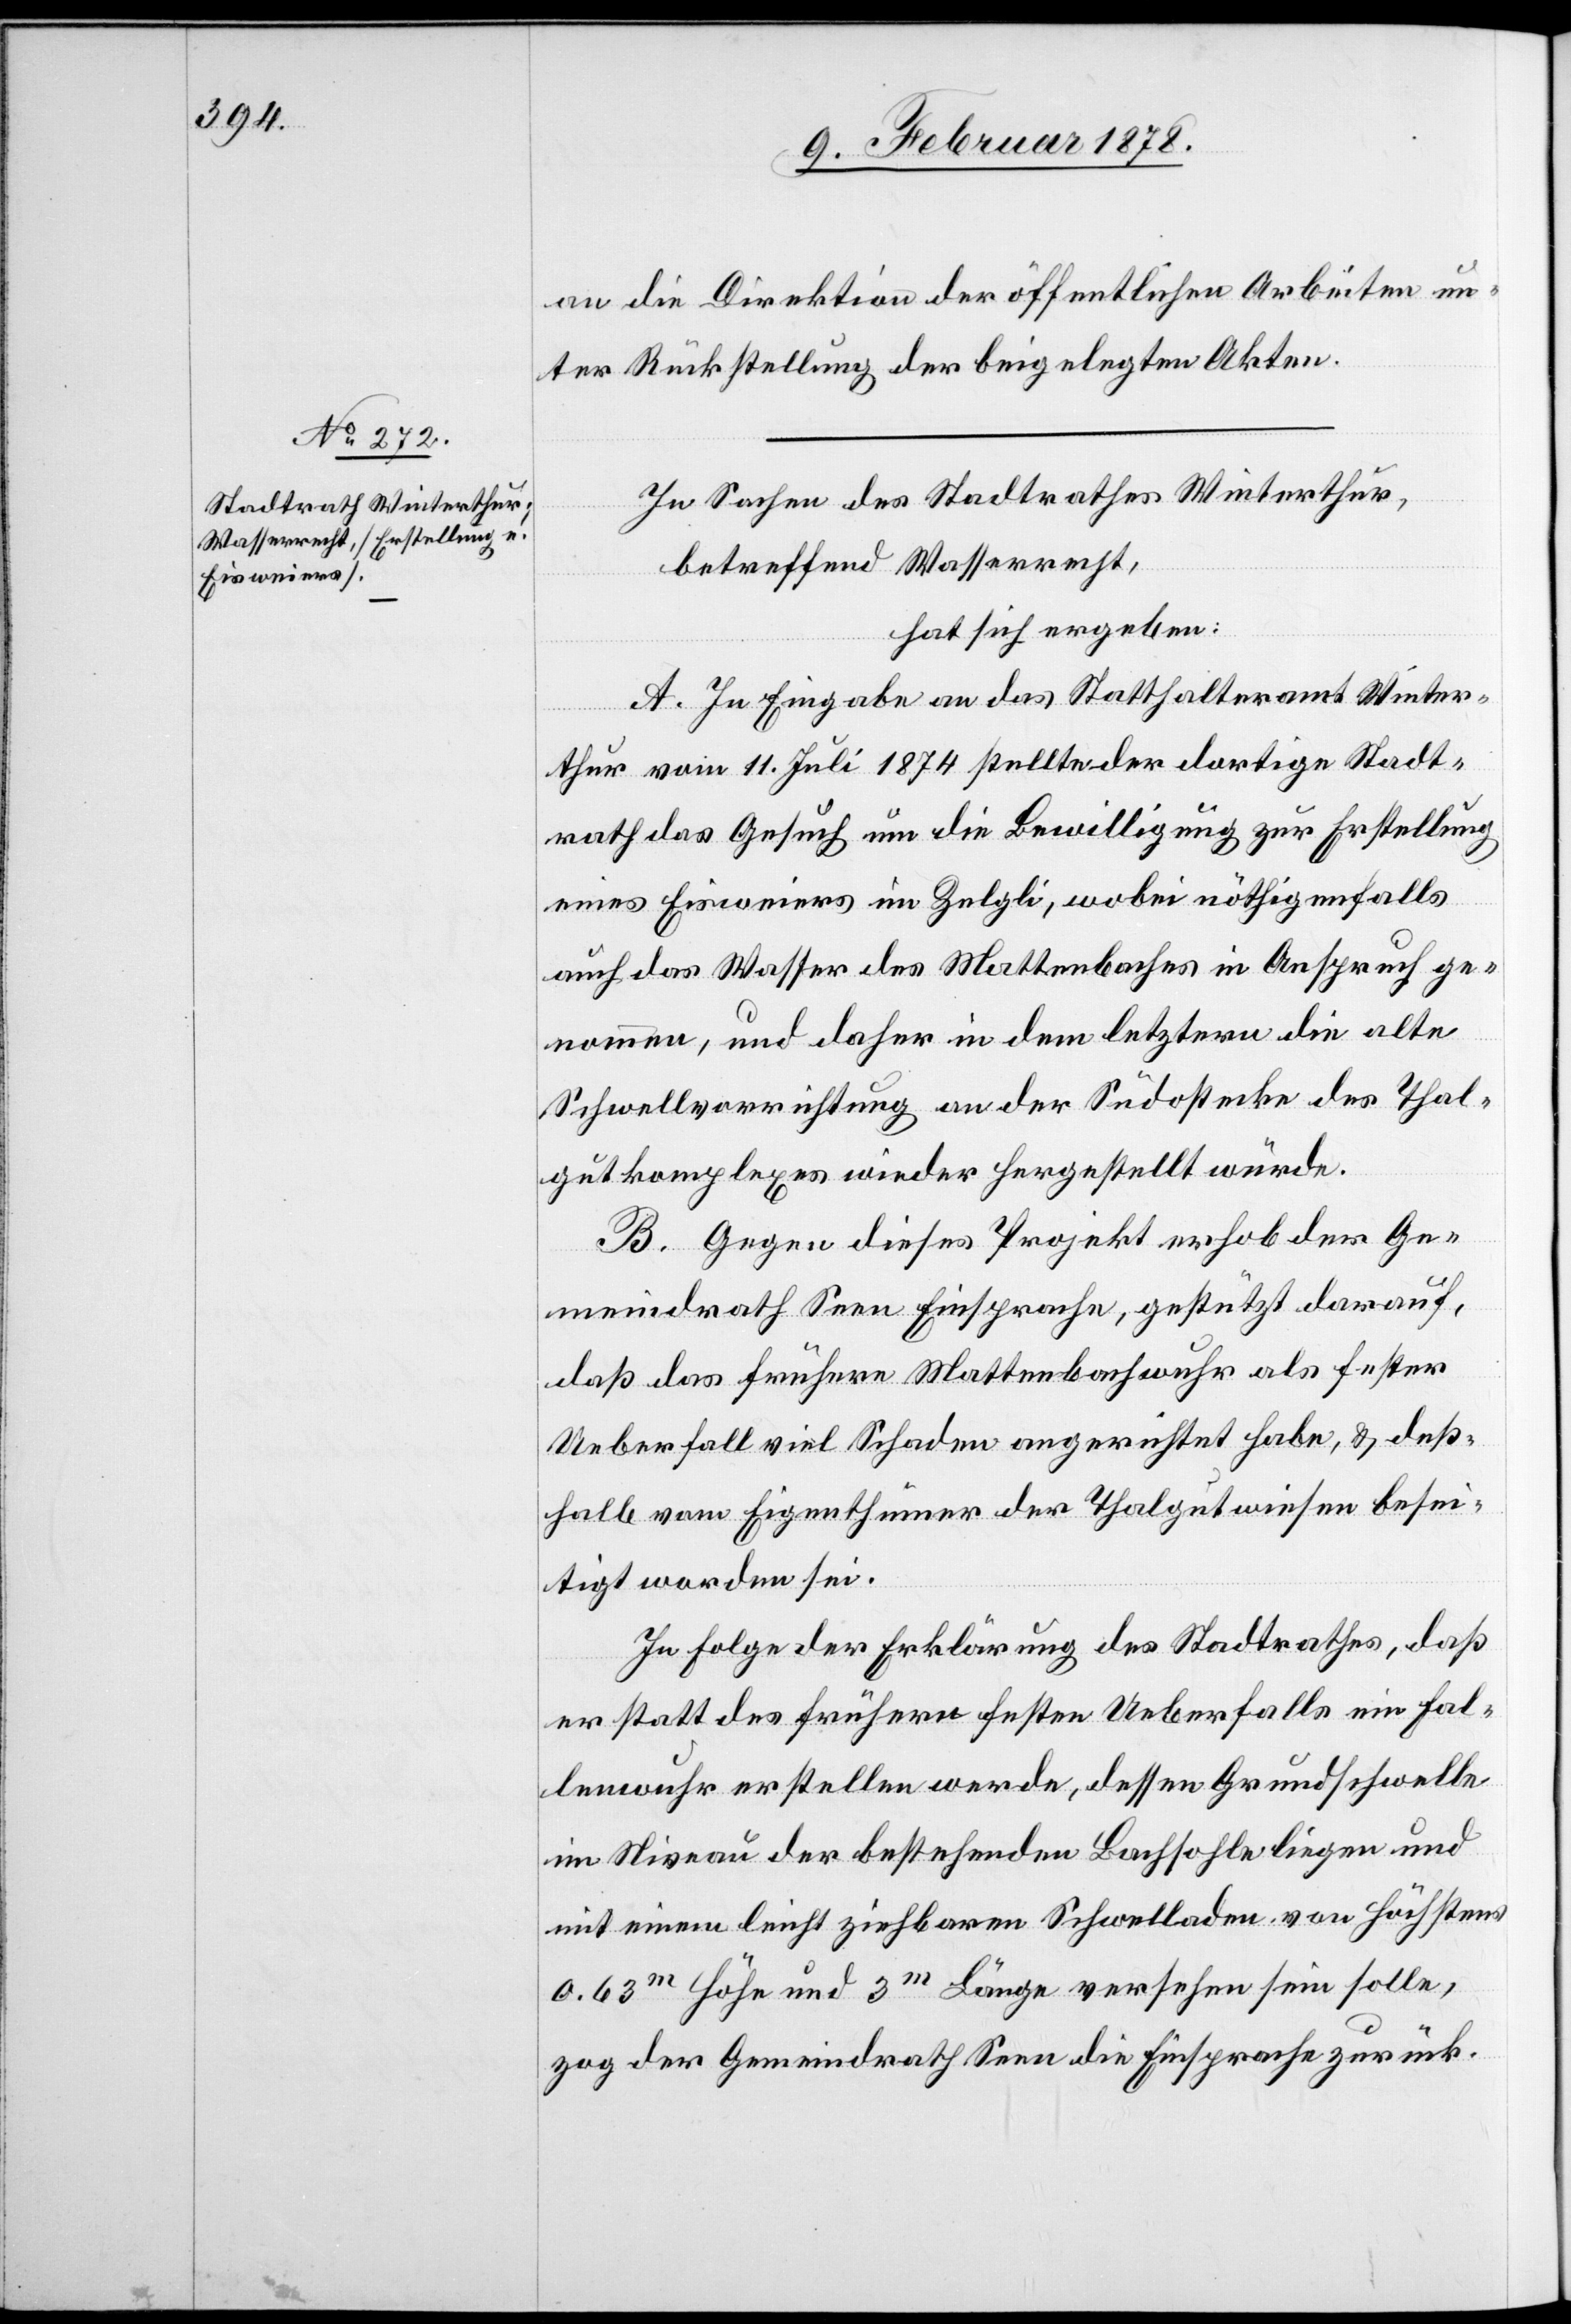
an die Direktion der öffentlichen Arbeiten un¬
ter Rückstellung der beigelegten Akten.
In Sachen des Stadtrathes Winterthur,
betreffend Wasserrecht,
hat sich ergeben:
A. In Eingabe an das Statthalteramt Winter¬
thur vom 11. Juli 1874 stellte der dortige Stadt¬
rath das Gesuch um Bewilligung zur Erstellung
eines Eisweiers im Zelgli, wobei nöthigenfalls
auch das Wasser des Wattenbaches in Anspruch ge¬
nommen, und daher in dem letztern die alte
Schwellvorrichtung an der Südostecke des Thal¬
gutkomplexes wieder hergestellt würde.
B. Gegen dieses Projekt erhob der Ge¬
meindrath Seen Einsprache, gestützt darauf,
daß das frühere Wattenbachwuhr als fester
Ueberfall viel Schaden angerichtet habe, & deß¬
halb vom Eigenthümer der Thalgentwiesen besei¬
tigt worden sei.
In Folge der Erklärung des Stadtrathes, daß
er statt des frühern festen Ueberfalls ein Fal¬
lenwuhr erstellen werde, dessen Grundschwelle
im Niveau der bestehenden Bachsohle liegen und
mit einem leicht ziehbaren Schwelladen von höchstens
0.63m Höhe und 3m Länge versehen sein solle,
zog der Gemeindrath Seen die Einsprache zurück.